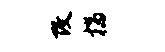
改揣